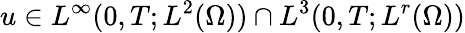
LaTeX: u\in L^{\infty}(0,T;L^{2}(\Omega))\cap L^{3}(0,T;L^{r}(\Omega))